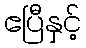
ဧပြီနှင့်